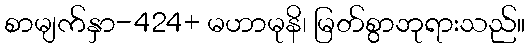
စာမျက်နှာ-424+ မဟာမုနိ၊ မြတ်စွာဘုရားသည်။